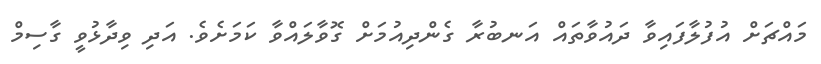
މައްޗަށް އުފުލާފައިވާ ދައުވާތައް އަނބުރާ ގެންދިއުމަށް ގޮވާލައްވާ ކަމަށެވެ. އަދި ވިދާޅުވީ ގާސިމް